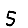
Digit: 5